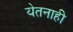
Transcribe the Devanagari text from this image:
येतनाही